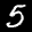
Label: 5